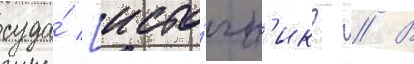
суда́ [исто́чн'ик? // В